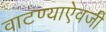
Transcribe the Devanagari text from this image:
वाटण्याऐवजी